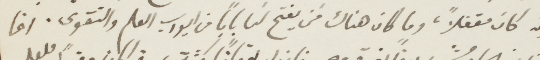
لان كان مقفلًا، وما كان هناك من يفتح لنا بابًا من ايوآه العام والتقوى. وقد